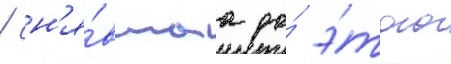
/ сн'я́вшаа до́ э́того